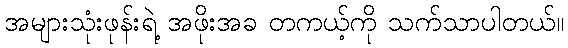
အများသုံးဖုန်းရဲ့ အဖိုးအခ တကယ့်ကို သက်သာပါတယ်။